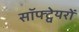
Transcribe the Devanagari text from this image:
सॉफ्ट्वेयरों